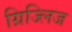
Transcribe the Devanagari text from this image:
ग्रिज्लिज